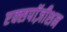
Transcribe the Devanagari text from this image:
एक्सपॉज़ीशन